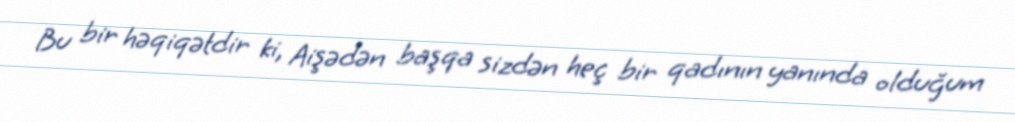
Bu bir həqiqətdir ki, Aişədən başqa sizdən heç bir qadının yanında olduğum